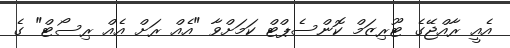
އެއީ ރާއްޖޭގެ ޓޫރިޒަމް ކޮންސެޕްޓް ކަމަށްވާ "އެއް ރަށް އެއް ރިސޯޓް" ގެ